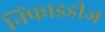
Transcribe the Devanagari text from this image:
निंफाइडीज